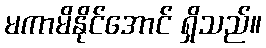
မကာမိနိုင်အောင် ရှိသည်။